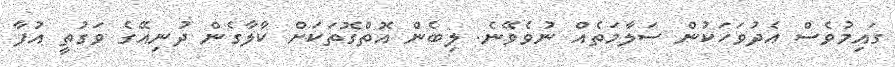
ގައިމުވެސް އެދުވަހަކުން ސަލާމަތެއް ނުވެވޭނެ. ލިބެން އޮތްގޮތަކަށް ކާލާގެން ދުނިއޭގެ ވަގުތީ އުފާ